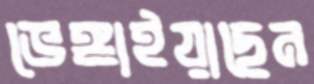
ভেঙ্গাইয়াছেন